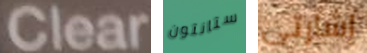
Clear ستانتون إشارتي